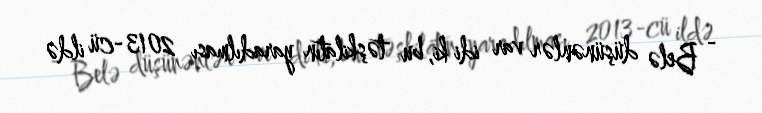
- Belə düşünənlər var idi ki, bu təşkilatın yaradılması 2013-cü ildə